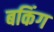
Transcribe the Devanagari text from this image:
बकिंग